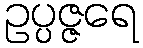
ဥပ္ပဇ္ဇရေ